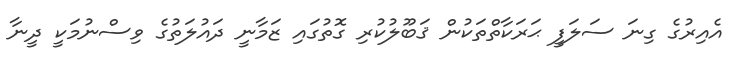
އެއިރުގެ ގިނަ ސަލަފީ ޙަރަކާތްތަކުން ޤަބޫލުކުރި ގޮތުގައި ޒަމާނީ ދައުލަތުގެ ވިސްނުމަކީ ދީނާ